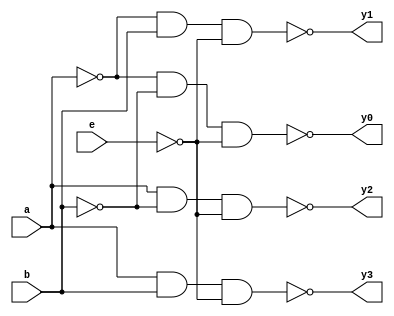
`timescale 1ns / 1ps
//////////////////////////////////////////////////////////////////////////////////
// Company: 
// Engineer: 
// 
// Design Name: 
// Module Name: decoder2_4
// Project Name: 
// Target Devices: 
// Tool Versions: 
// Description: 
// 
// Dependencies: 
// 
// Revision:
// Revision 0.01 - File Created
// Additional Comments:
// 
//////////////////////////////////////////////////////////////////////////////////


module decoder2_4(a,b,e,y0,y1,y2,y3);
 input a,b,e;
 output y0,y1,y2,y3;
 wire e1,a1,b1;
 not u1(e1,e);
 not u2(a1,a);
 not u3(b1,b);
 nand u4(y0,a1,b1,e1);
 nand u5(y1,a1,b,e1);
 nand u6(y2,a,b1,e1);
 nand u7(y3,a,b,e1);
endmodule